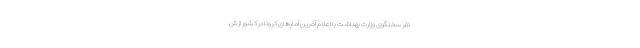
نفر سخنگوی وزارت بهداشت با اعلام آخرین آمارهای کرونا در کشور از ش